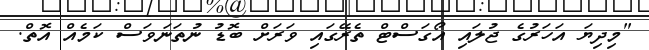
"މިދިޔަ އަހަރުގެ ޖުލައި އޯގަސްޓް ތެރޭގައި ވަރަށް ބޮޑު ނުތަނަވަސް ކަމެއް އޮތް.